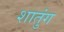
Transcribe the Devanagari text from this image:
शातुंग